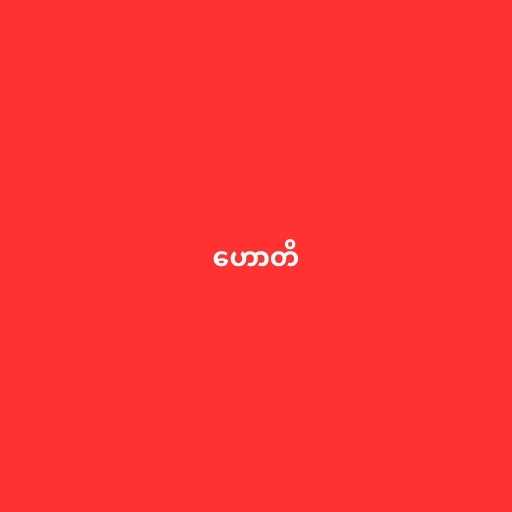
ဟောတိ